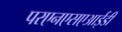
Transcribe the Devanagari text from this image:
परएनएसएआईडी